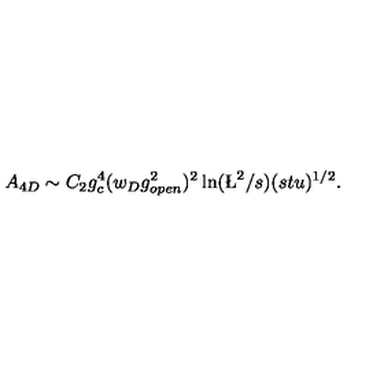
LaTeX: A _ { 4 D } \sim C _ { 2 } g _ { c } ^ { 4 } ( w _ { D } g _ { o p e n } ^ { 2 } ) ^ { 2 } \ln ( \L ^ { 2 } / s ) ( s t u ) ^ { 1 / 2 } .